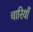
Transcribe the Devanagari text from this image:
चारियाँ